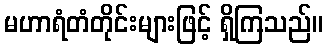
မဟာရံတံတိုင်းများဖြင့် ရှိကြသည်။